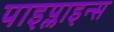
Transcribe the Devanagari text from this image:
पाइप्लाइन्स